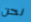
نحن